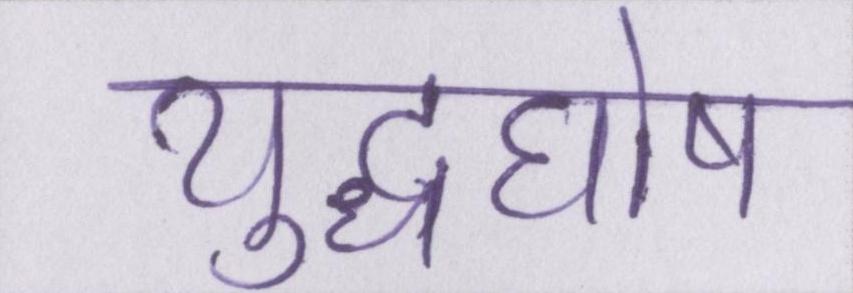
युद्धघोष